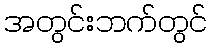
အတွင်းဘက်တွင်